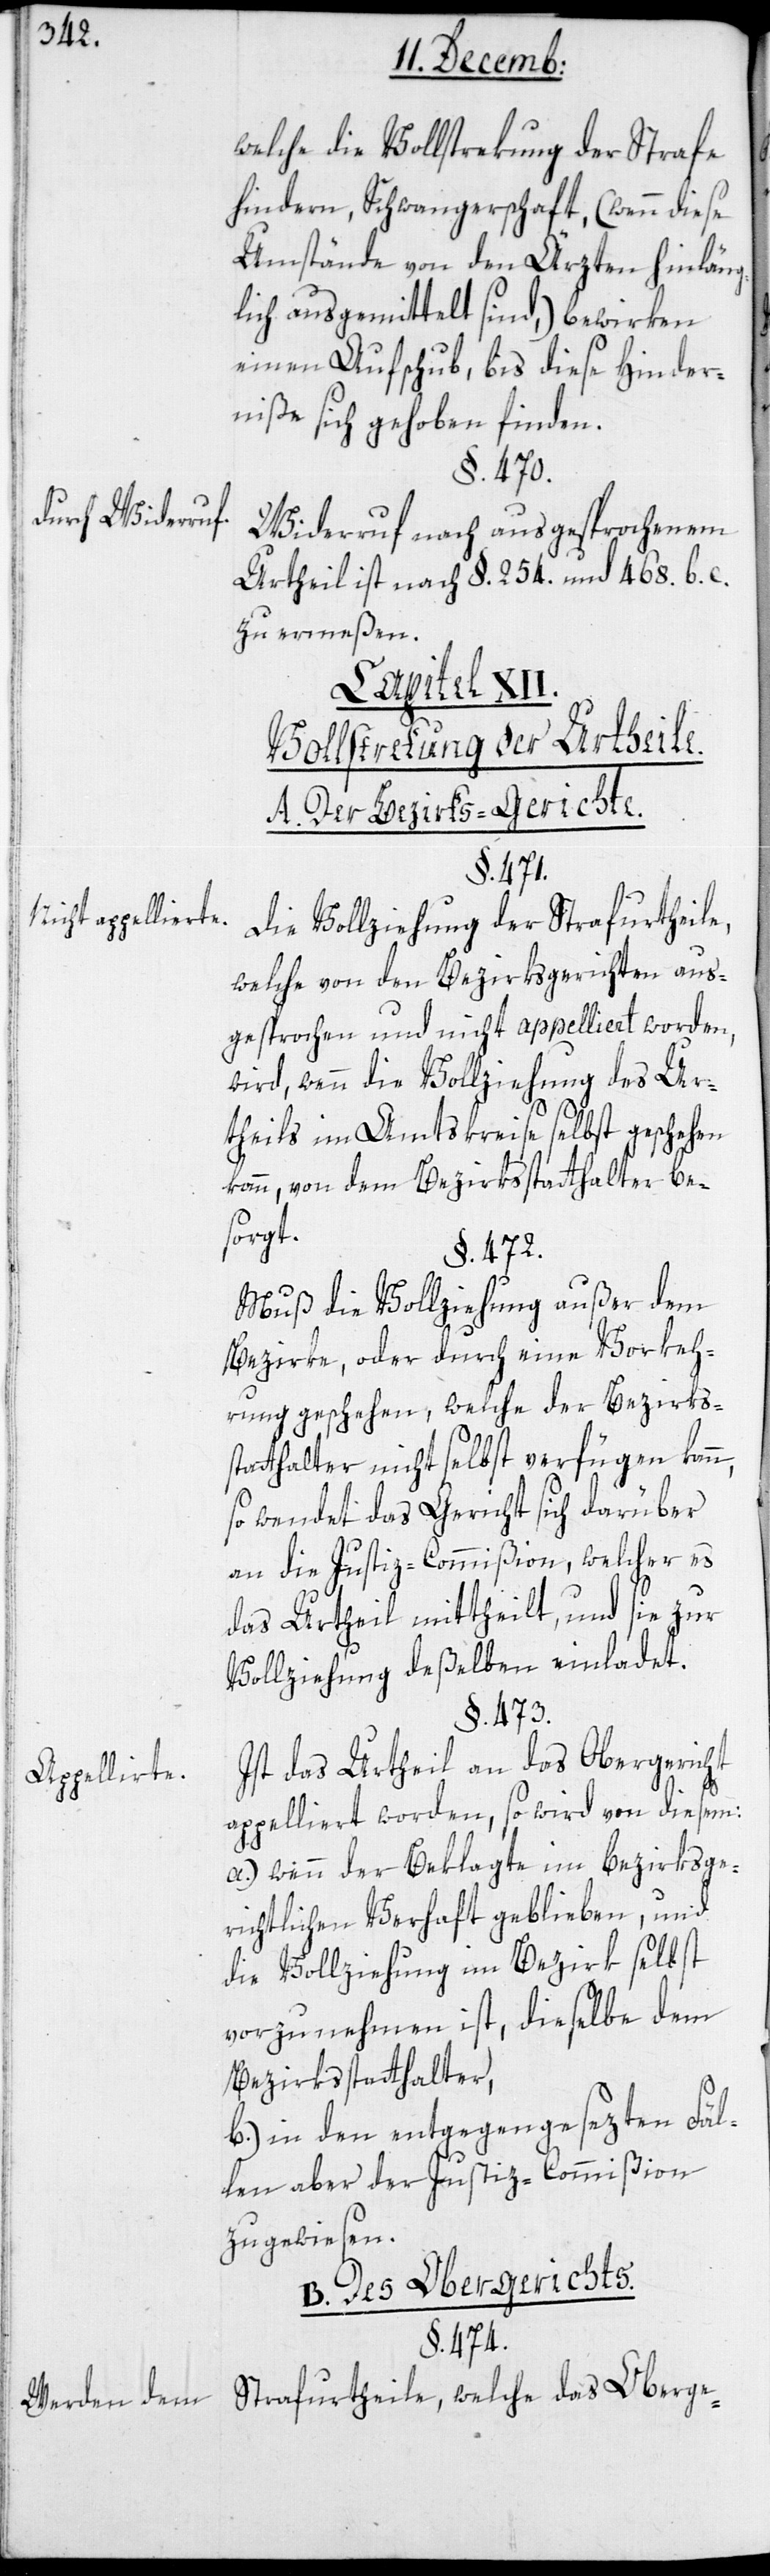
Nicht appellierte.
Appellierte.
Werden dem

welche die Vollstrekung der Strafe
hindern, Schwangerschaft (wenn diese
Umstände von den Ärzten hinläng¬
lich ausgemittelt sind), bewirken
einen Aufschub, bis diese Hinder¬
niße sich gehoben finden.
§. 470.
Widerruf nach ausgesprochenem
Urtheil ist nach §. 254. und 468. b. c.
zu ermeßen.
Capitel XII.
Vollstreckung der Urtheile.
A. Der Bezirks-Gerichte.
§. 474.
Die Vollziehung der Strafurtheile,
welche von den Bezirksgerichten aus¬
gesprochen und nicht appelliert worden,
wird, wenn die Vollziehung des Ur¬
theils im Amtskreise selbst geschehen
kann, von dem Bezirksstatthalter be¬
sorgt.
§. 472.
Muß die Vollziehung außer dem
Bezirke, oder durch eine Vorkeh¬
rung geschehen, welche der Bezirks¬
statthalter nicht selbst verfügen kann,
so wendet das Gericht sich darüber
an die Justizcommißion, welcher es
das Urtheil mittheilt, und sie zur
Vollziehung deßelben einladet.
§. 473.
Ist das Urtheil an das Obergericht
appelliert worden, so wird von diesem:
a.) wenn der Beklagte im bezirksge¬
richtlichen Verhaft geblieben, und
die Vollziehung im Bezirk selbst
vorzunehmen ist, dieselbe dem
Bezirksstatthalter,
b) in den entgegengesezten Fäl¬
len aber der Justiz-Commißion
zugewiesen.
B. Des Obergerichts.
Strafurtheile, welche das Oberge-